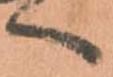
へ